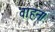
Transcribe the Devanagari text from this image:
वाहन।